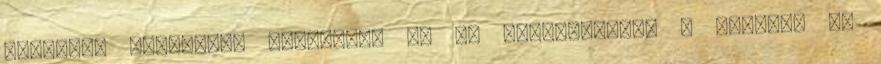
csuklyás emberkét. Hamarosan én is beslisszanok a szobába és